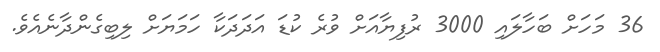
36 މަހަށް ބަހާލައި 3000 ރުފިޔާއަށް ވުރެ ކުޑަ އަދަދަކާ ހަމަޔަށް ލިބިގެންދާނެއެވެ.